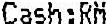
CASH:RM